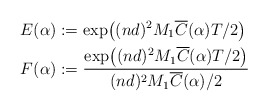
\begin{align*} E(\alpha) &:= \exp\bigl((nd)^2M_1\overline{C}(\alpha)T/2\bigr)\\F(\alpha) &:= \frac{\exp\bigl((nd)^2M_1\overline{C}(\alpha)T/2\bigr)}{(nd)^2M_1\overline{C}(\alpha)/2}\end{align*}